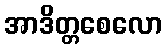
အာဒိတ္တစေလော